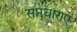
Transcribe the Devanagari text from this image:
सप्तधाराएं